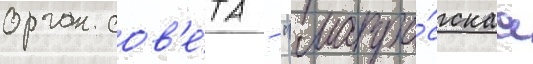
орган сов'е́та - "матро́сскаа